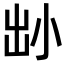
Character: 𡭧